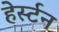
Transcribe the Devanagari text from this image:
हेर्स्टन